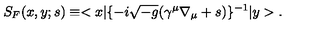
S _ { F } ( x , y ; s ) \equiv < x | \{ - i \sqrt { - g } ( \gamma ^ { \mu } \nabla _ { \mu } + s ) \} ^ { - 1 } | y > .